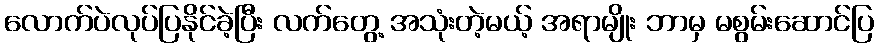
လောက်ပဲလုပ်ပြနိုင်ခဲ့ပြီး လက်တွေ့ အသုံးတဲ့မယ့် အရာမျိုး ဘာမှ မစွမ်းဆောင်ပြ